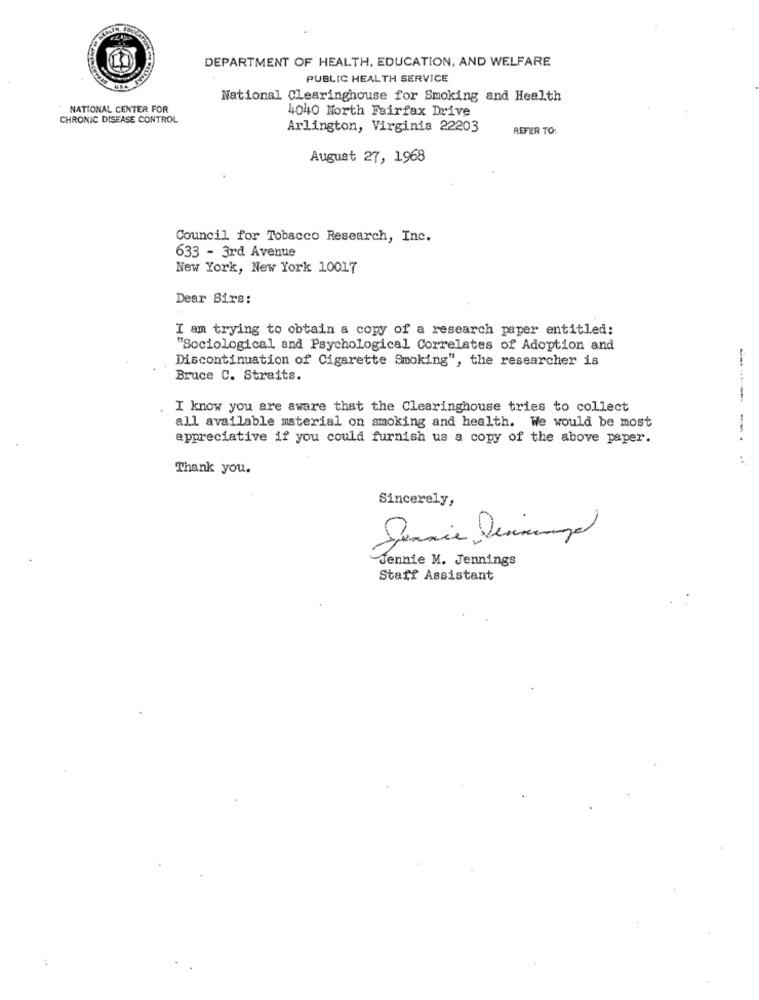
DEPARTMENT OF HEALTH, EDUCATION, AND WELFARE
PUBLIC HEALTH SERVICE
National Clearinghouse for Smoking and Health
NATIONAL CENTER FOR
4040 North Fairfax Drive
CHRONIC DISEASE CONTROL
Arlington, Virginia 22203
REFER TO:
August 27, 1968
Council for Tobacco Research, Inc.
633 - 3rd Avenue
New York, New York 10017
Dear Sirs:
I am trying to obtain a copy of a research paper entitled:
"Sociological and Psychological Correlates of Adoption and
Discontinuation of Cigarette Smoking", the researcher is
Bruce C. Straits.
I know you are aware that the Clearinghouse tries to collect
all available material on smoking and health. We would be most
appreciative if you could furnish us a copy of the above paper.
Thank you.
Sincerely,
Jennie M. Jennings
Staff Assistant